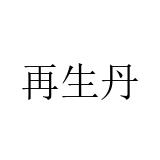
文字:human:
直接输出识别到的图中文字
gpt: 再生丹